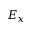
E _ { x }